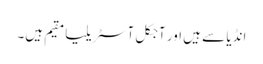
انڈیا سے ہیں اور آجکل آسٹریلیا مقیم ہیں۔